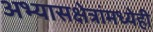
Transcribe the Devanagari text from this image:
अभ्यासक्षेत्रांमध्येही